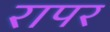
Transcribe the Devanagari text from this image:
रापर